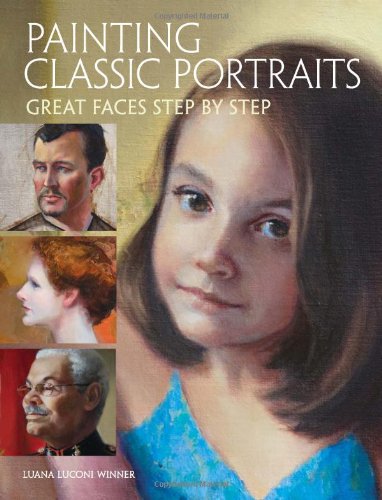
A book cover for Painting Classic Portraits: Great Faces Step by Step; Luana Luconi Winner; Arts & Photography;